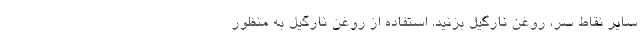
سایر نقاط سر، روغن نارگیل بزنید. استفاده از روغن نارگیل به منظور